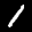
Label: 1